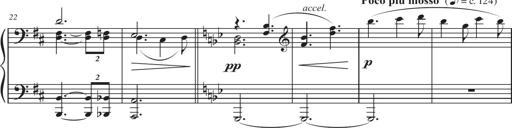
Title: Sonatina in D major
Composer: Shota Saitoh
Key: D major